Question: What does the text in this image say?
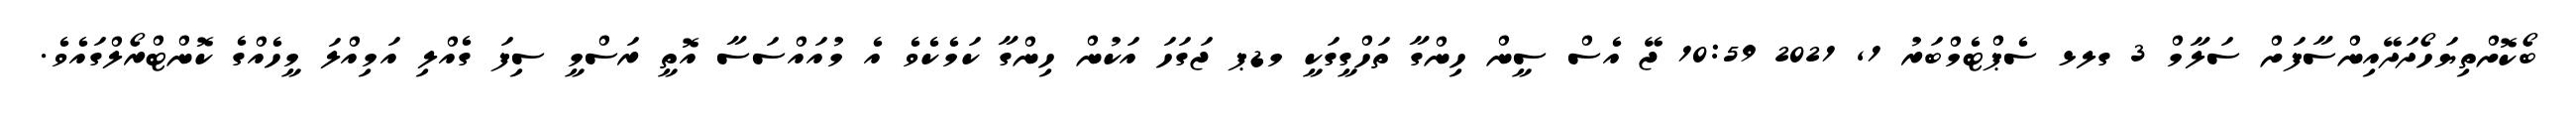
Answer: ބޯކޮށްތިޔަހޯދަދޭއިންސާފަށް ސަލާމް 3 ގލޅ ސެޕްޓެމްބަރު 1, 2021 10:59 ޖޭ އެސް ސީން ހިންގާ ތަހްގީގަކީ މޑޕ ޖަގަހަ އަކުން ހިންގާ ކަމެކެވެ އެ މުއައްސަސާ އޮތީ ރަސްމީ ސިފަ ގެއްލި އަމިއްލަ މީހެއްގެ ކޮންޓްރޯލްގައެވެ.